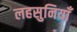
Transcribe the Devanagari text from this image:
लहसुनियाँ